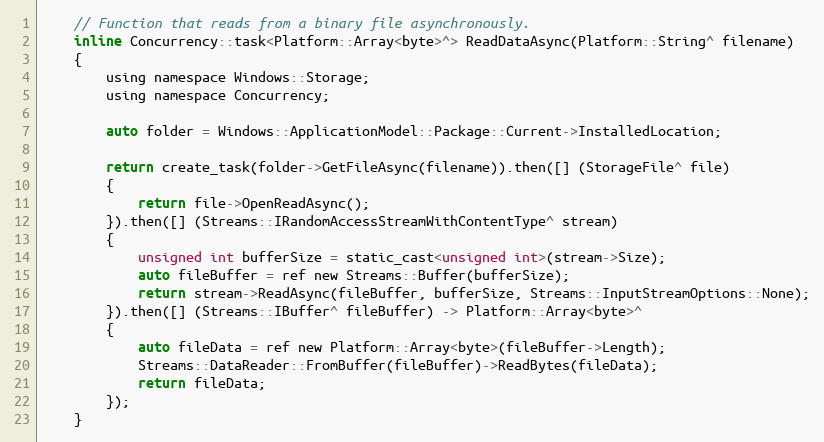
Language: C
    // Function that reads from a binary file asynchronously.
    inline Concurrency::task<Platform::Array<byte>^> ReadDataAsync(Platform::String^ filename)
    {
        using namespace Windows::Storage;
        using namespace Concurrency;

        auto folder = Windows::ApplicationModel::Package::Current->InstalledLocation;

        return create_task(folder->GetFileAsync(filename)).then([] (StorageFile^ file)
        {
            return file->OpenReadAsync();
        }).then([] (Streams::IRandomAccessStreamWithContentType^ stream)
        {
            unsigned int bufferSize = static_cast<unsigned int>(stream->Size);
            auto fileBuffer = ref new Streams::Buffer(bufferSize);
            return stream->ReadAsync(fileBuffer, bufferSize, Streams::InputStreamOptions::None);
        }).then([] (Streams::IBuffer^ fileBuffer) -> Platform::Array<byte>^
        {
            auto fileData = ref new Platform::Array<byte>(fileBuffer->Length);
            Streams::DataReader::FromBuffer(fileBuffer)->ReadBytes(fileData);
            return fileData;
        });
    }